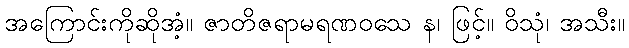
အကြောင်းကိုဆိုအံ့။ ဇာတိဇရာမရဏဝသေ န၊ ဖြင့်။ ဝိသုံ၊ အသီး။